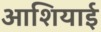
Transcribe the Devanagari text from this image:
आशियाई